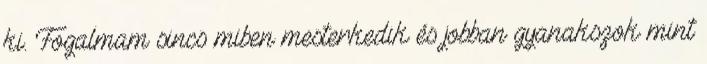
ki. Fogalmam sincs miben mesterkedik és jobban gyanakszok mint